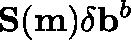
\mathbf { S } ( \mathbf { m } ) \mathbf { \delta } \mathbf { b } ^ { b }